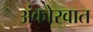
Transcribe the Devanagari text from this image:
अंकोरवात